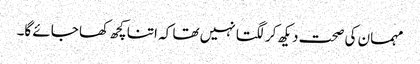
مہمان کی صحت دیکھ کر لگتا نہیں تھا کہ اتنا کچھ کھا جائے گا۔